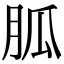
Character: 胍